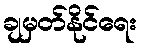
ချမှတ်နိုင်ရေး